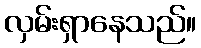
လှမ်းရှာနေသည်။